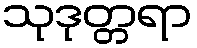
သုဒုတ္တရာ